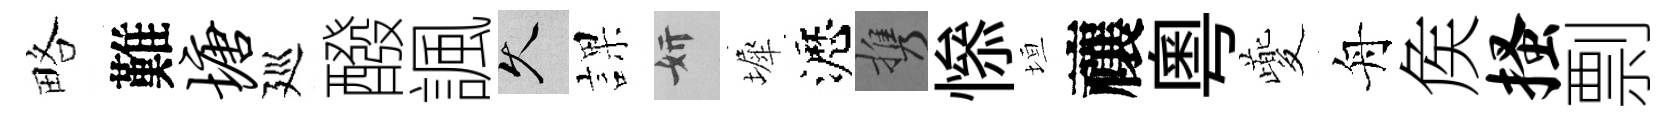
略難塘廵醱諷久課妍墀瀝携𢡖垣禳粵夔舟矦搔剽